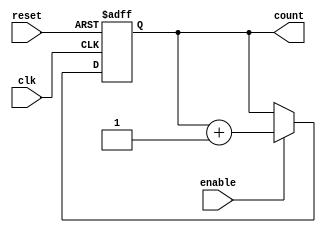
module chained_parallel_counter (
    input wire clk,          // Clock signal
    input wire reset,        // Asynchronous reset
    input wire enable,       // Enable signal
    output reg [N-1:0] count // N-bit counter output
);
    parameter N = 4; // Number of bits in the counter

    // Chained Counter Implementation
    reg [N-1:0] chained_count;
    always @(posedge clk or posedge reset) begin
        if (reset) begin
            chained_count <= 0; // Reset the counter to zero
        end else if (enable) begin
            // Ripple counting logic
            chained_count[0] <= ~chained_count[0]; // Toggle LSB
            chained_count[1] <= chained_count[1] ^ chained_count[0]; // Toggle next bit based on LSB
            chained_count[2] <= chained_count[2] ^ (chained_count[1] & chained_count[0]); // Toggle next bit based on previous bits
            chained_count[3] <= chained_count[3] ^ (chained_count[2] & (chained_count[1] | chained_count[0])); // Toggle MSB
        end
    end

    // Parallel Counter Implementation
    reg [N-1:0] parallel_count;
    always @(posedge clk or posedge reset) begin
        if (reset) begin
            parallel_count <= 0; // Reset the counter to zero
        end else if (enable) begin
            parallel_count <= parallel_count + 1; // Increment the counter
        end
    end

    // Output the count (choose one of the counters to output)
    always @(*) begin
        count = parallel_count; // Change this to chained_count for chained counter output
    end

endmodule